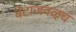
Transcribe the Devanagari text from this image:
बेटाजवळ्च